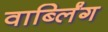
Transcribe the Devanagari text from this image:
वार्ब्लिंग